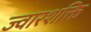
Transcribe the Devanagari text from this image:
ज्वारशक्ति